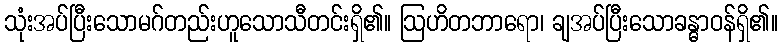
သုံးအပ်ပြီးသောမဂ်တည်းဟူသောသီတင်းရှိ၏။ ဩဟိတဘာရော၊ ချအပ်ပြီးသောခန္ဓာဝန်ရှိ၏။